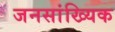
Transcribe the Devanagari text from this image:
जनसांख्यिक